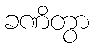
ခဏိတွာ